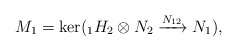
\begin{align*}M_1 = \ker ({_1H_2\otimes N_2} \xrightarrow{N_{12}} N_1),\end{align*}